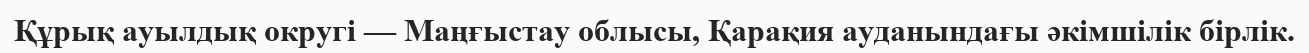
Құрық ауылдық округі — Маңғыстау облысы, Қарақия ауданындағы әкімшілік бірлік.